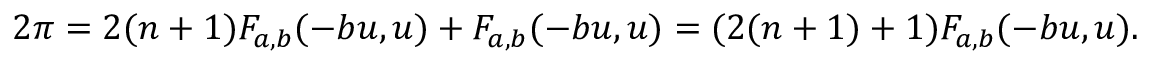
2 \pi = 2 ( n + 1 ) F _ { a , b } ( - b u , u ) + F _ { a , b } ( - b u , u ) = ( 2 ( n + 1 ) + 1 ) F _ { a , b } ( - b u , u ) .